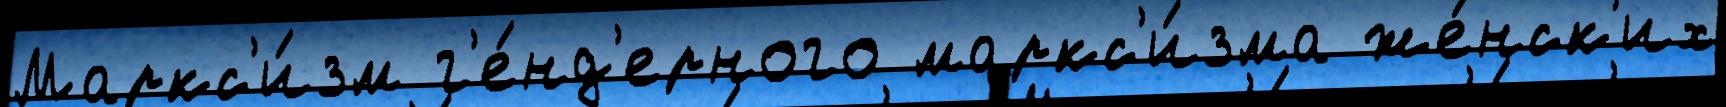
Маркс'и́зм г'е́нд'ерного маркс'и́зма же́нск'их